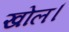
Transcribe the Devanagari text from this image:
खोल।